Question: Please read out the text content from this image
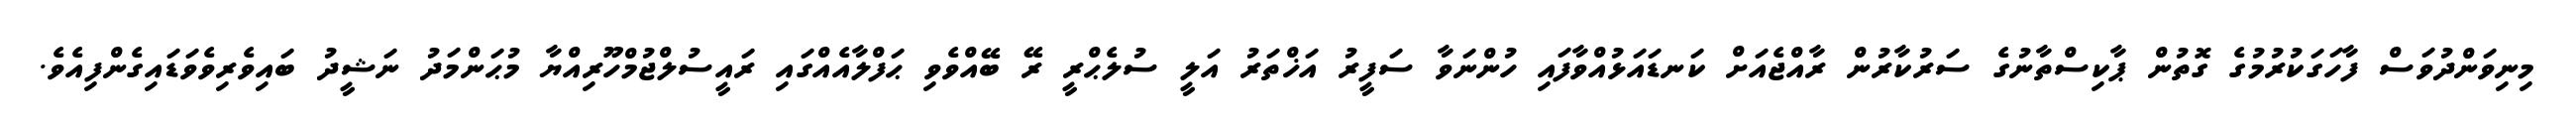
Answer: މިނިވަންދުވަސް ފާހަގަކުރުމުގެ ގޮތުން ޕާކިސްތާނުގެ ސަރުކާރުން ރާއްޖެއަށް ކަނޑައަޅުއްވާފައި ހުންނަވާ ސަފީރު އަޚްތަރު އަލީ ސުލެޙްރީ ރޭ ބޭއްވެވި ޙަފްލާއެއްގައި ރައީސުލްޖުމްހޫރިއްޔާ މުޙަންމަދު ނަޝީދު ބައިވެރިވެވަޑައިގެންފިއެވެ.